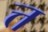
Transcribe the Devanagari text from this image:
त्त